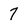
Character: 7